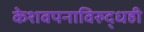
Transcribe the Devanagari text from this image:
केशवपनाविरुद्धही